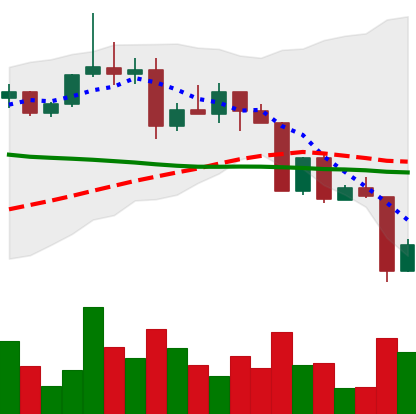
Ticker: XRP-USD
Chart end date: 2022-04-12
Forward return: 5.099%
Label: up_5_7